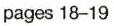
pages 18-19